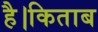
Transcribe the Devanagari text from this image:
है।किताब